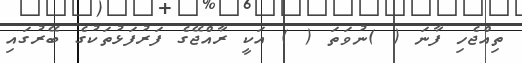
ތިއްޖެހި ފާނަ ( )ނުވަތަ ( ) އަކީ ރާއްޖޭގެ ފަރުފަޅުތަކުގެ ބޭރުގައި